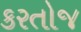
કરતોજ